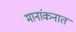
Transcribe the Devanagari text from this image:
मानांकनात